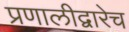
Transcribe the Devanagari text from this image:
प्रणालीद्वारेच